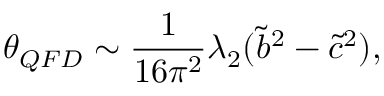
\theta _ { Q F D } \sim \frac { 1 } { 1 6 \pi ^ { 2 } } \lambda _ { 2 } ( \tilde { b } ^ { 2 } - \tilde { c } ^ { 2 } ) ,